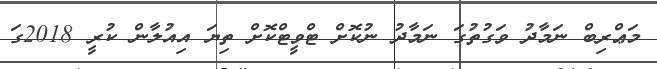
މަޢްރިބް ނަމާދު ވަގުތުގަ ނަމާދު ނުކޮށް ޓްވީޓްކޮށް ތިޔަ އިއުލާން ކުރީ 2018ގަ